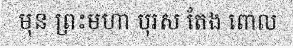
មុន ព្រះមហា បុរស តែង ពោល